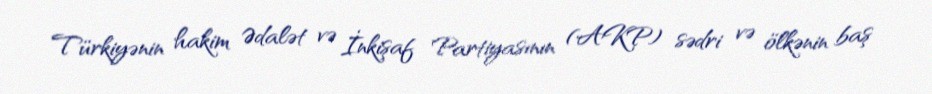
Türkiyənin hakim Ədalət və İnkişaf Partiyasının (AKP) sədri və ölkənin baş